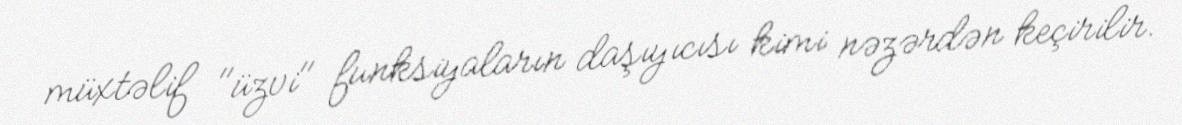
müxtəlif "üzvi" funksiyaların daşıyıcısı kimi nəzərdən keçirilir.